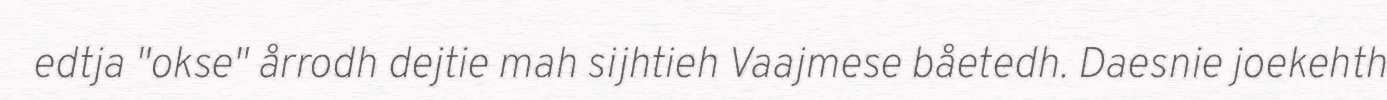
edtja "okse" årrodh dejtie mah sijhtieh Vaajmese båetedh. Daesnie joekehth